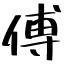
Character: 傅